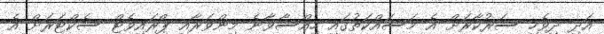
އަދި ދިވެހި ސަރުކާރަށް އެ މަސައްކަތުގައި ހިއްސާވާނެ މިންވަރާއި ޕްރައިވެޓް ސެކްޓަރަށް އެ